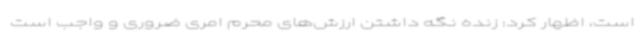
است، اظهار کرد: زنده نگه داشتن ارزش‌های محرم امری ضروری و واجب است